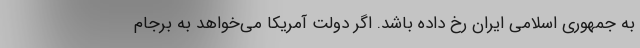
به جمهوری اسلامی ایران رخ داده باشد. اگر دولت آمریکا می‌خواهد به برجام